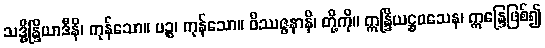
သဒ္ဓိန္ဒြိယာဒီနိ၊ ကုန်သော။ ပဉ္စ၊ ကုန်သော။ ဝိဿဇ္ဇနာနိ၊ တို့ကို။ ဣန္ဒြိယဋ္ဌဝသေန၊ ဣန္ဒြေဖြစ်၍